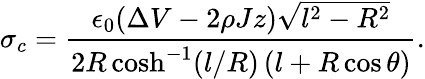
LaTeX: \sigma_{c}=\frac{\epsilon_{0}(\Delta V-2\rho Jz)\sqrt{l^{2}-R^{2}}}{2R\cosh^{-1}(l/R)\, (l+R\cos\theta)}.